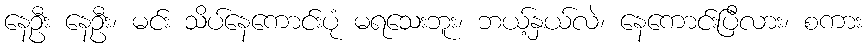
နေဦး နေဦး၊ မင်း သိပ်နေကောင်းပုံ မရသေးဘူး၊ ဘယ့်နှယ်လဲ၊ နေကောင်းပြီလား၊ စကား